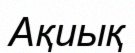
Ақиық